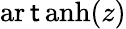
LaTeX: \operatorname{ar\mathsf{t}anh}(z)